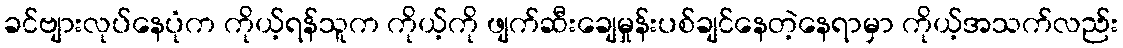
ခင်ဗျားလုပ်နေပုံက ကိုယ့်ရန်သူက ကိုယ့်ကို ဖျက်ဆီးချေမှုန်းပစ်ချင်နေတဲ့နေရာမှာ ကိုယ့်အသက်လည်း